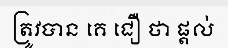
ត្រូវបាន គេ ជឿ ថា ផ្តល់